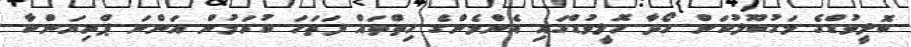
ބޮލީވުޑްގެ މަގުބޫލުކަން ހޯދާ ހޮލީވުޑްގައި އެންމެންގެ ހިތްތައް ފަތަހަ ކުރަމުން އަންނަ ޕްރިޔަންކާ